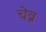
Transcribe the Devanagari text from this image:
चेव्र